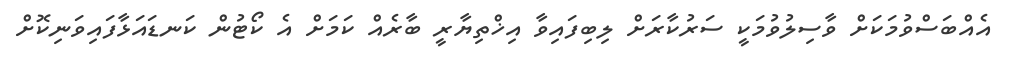
އެއްބަސްވުމަކަށް ވާސިލުވުމަކީ ސަރުކާރަށް ލިބިފައިވާ އިޚްތިޔާރީ ބާރެއް ކަމަށް އެ ކޯޓުން ކަނޑައަޅާފައިވަނިކޮށް